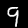
Digit: 9